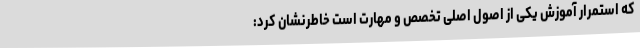
که استمرار آموزش یکی از اصول اصلی تخصص و مهارت است خاطرنشان کرد: